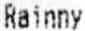
RAINNY